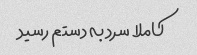
کاملا سرد به دستم رسید